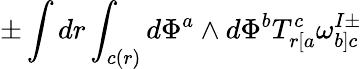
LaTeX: \pm\int dr\int_{c(r)}d\Phi^{a}\wedge d\Phi^{b}T_{r[a}^{c}\omega_{b]c}^{I\pm}